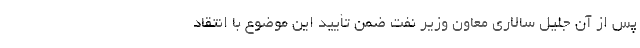
پس از آن جلیل سالاری معاون وزیر نفت ضمن تأیید این موضوع با انتقاد